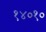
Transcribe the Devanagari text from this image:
१४०१०